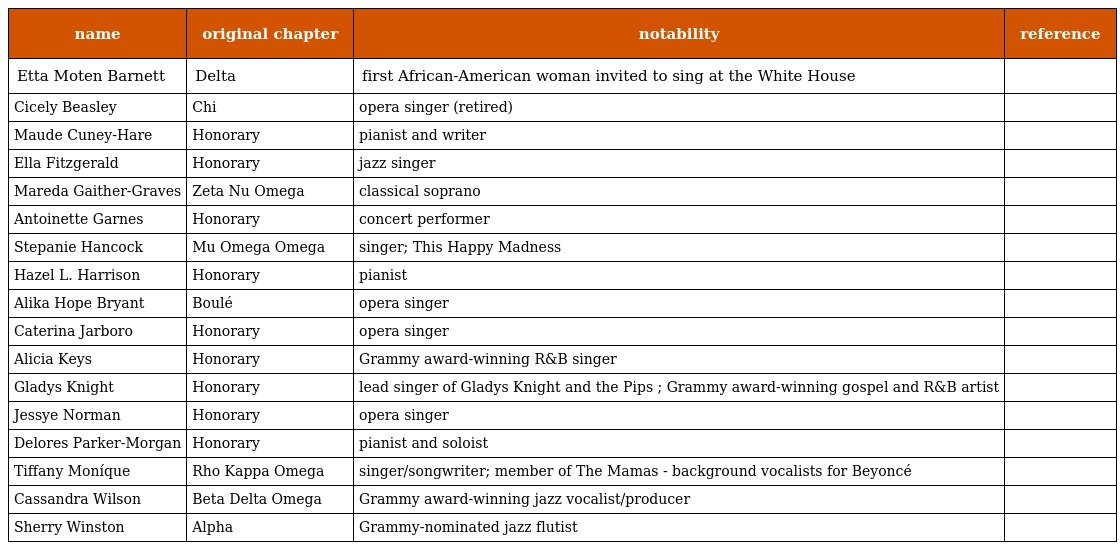
| name | original chapter | notability | reference |
 | --- | --- | --- | --- |
 | Etta Moten Barnett | Delta | first African-American woman invited to sing at the White House |  |
 | Cicely Beasley | Chi | opera singer (retired) |  |
 | Maude Cuney-Hare | Honorary | pianist and writer |  |
 | Ella Fitzgerald | Honorary | jazz singer |  |
 | Mareda Gaither-Graves | Zeta Nu Omega | classical soprano |  |
 | Antoinette Garnes | Honorary | concert performer |  |
 | Stepanie Hancock | Mu Omega Omega | singer; This Happy Madness |  |
 | Hazel L. Harrison | Honorary | pianist |  |
 | Alika Hope Bryant | Boulé | opera singer |  |
 | Caterina Jarboro | Honorary | opera singer |  |
 | Alicia Keys | Honorary | Grammy award-winning R&B singer |  |
 | Gladys Knight | Honorary | lead singer of Gladys Knight and the Pips ; Grammy award-winning gospel and R&B artist |  |
 | Jessye Norman | Honorary | opera singer |  |
 | Delores Parker-Morgan | Honorary | pianist and soloist |  |
 | Tiffany Moníque | Rho Kappa Omega | singer/songwriter; member of The Mamas - background vocalists for Beyoncé |  |
 | Cassandra Wilson | Beta Delta Omega | Grammy award-winning jazz vocalist/producer |  |
 | Sherry Winston | Alpha | Grammy-nominated jazz flutist |  |